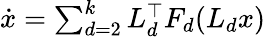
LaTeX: \begin{array}{r}{\dot{x}=\sum_{d=2}^{k}L_{d}^{\top}F_{d}(L_{d}x)}\end{array}